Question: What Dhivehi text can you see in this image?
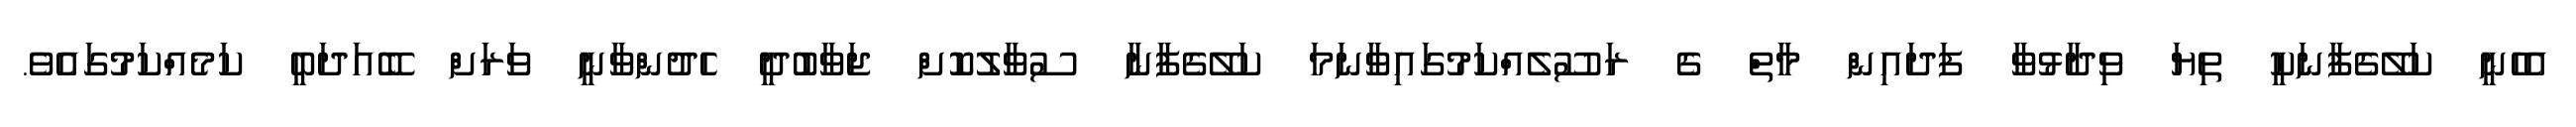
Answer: އެހެނީ ކަލޭގެފާނަކީ ތިޔަ ވިދާޅުވާ ފަދައިން މާތް ގެ ރަސޫލެއްކަމުގައިވާނަމަ ކަލޭގެފާނާ ސުވާލުކޮށް ޖަވާބުދީ ހެދުންވާނީ ވަރަށް ބޭއަދަބީ ކަމެއްކަމުގައެވެ.